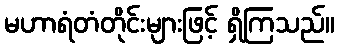
မဟာရံတံတိုင်းများဖြင့် ရှိကြသည်။